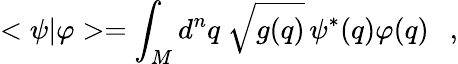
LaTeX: <\psi|\varphi>=\int_{M}d^{n}q\ \sqrt{g(q)}\, \psi^{*}(q)\varphi(q)\ \ \ ,